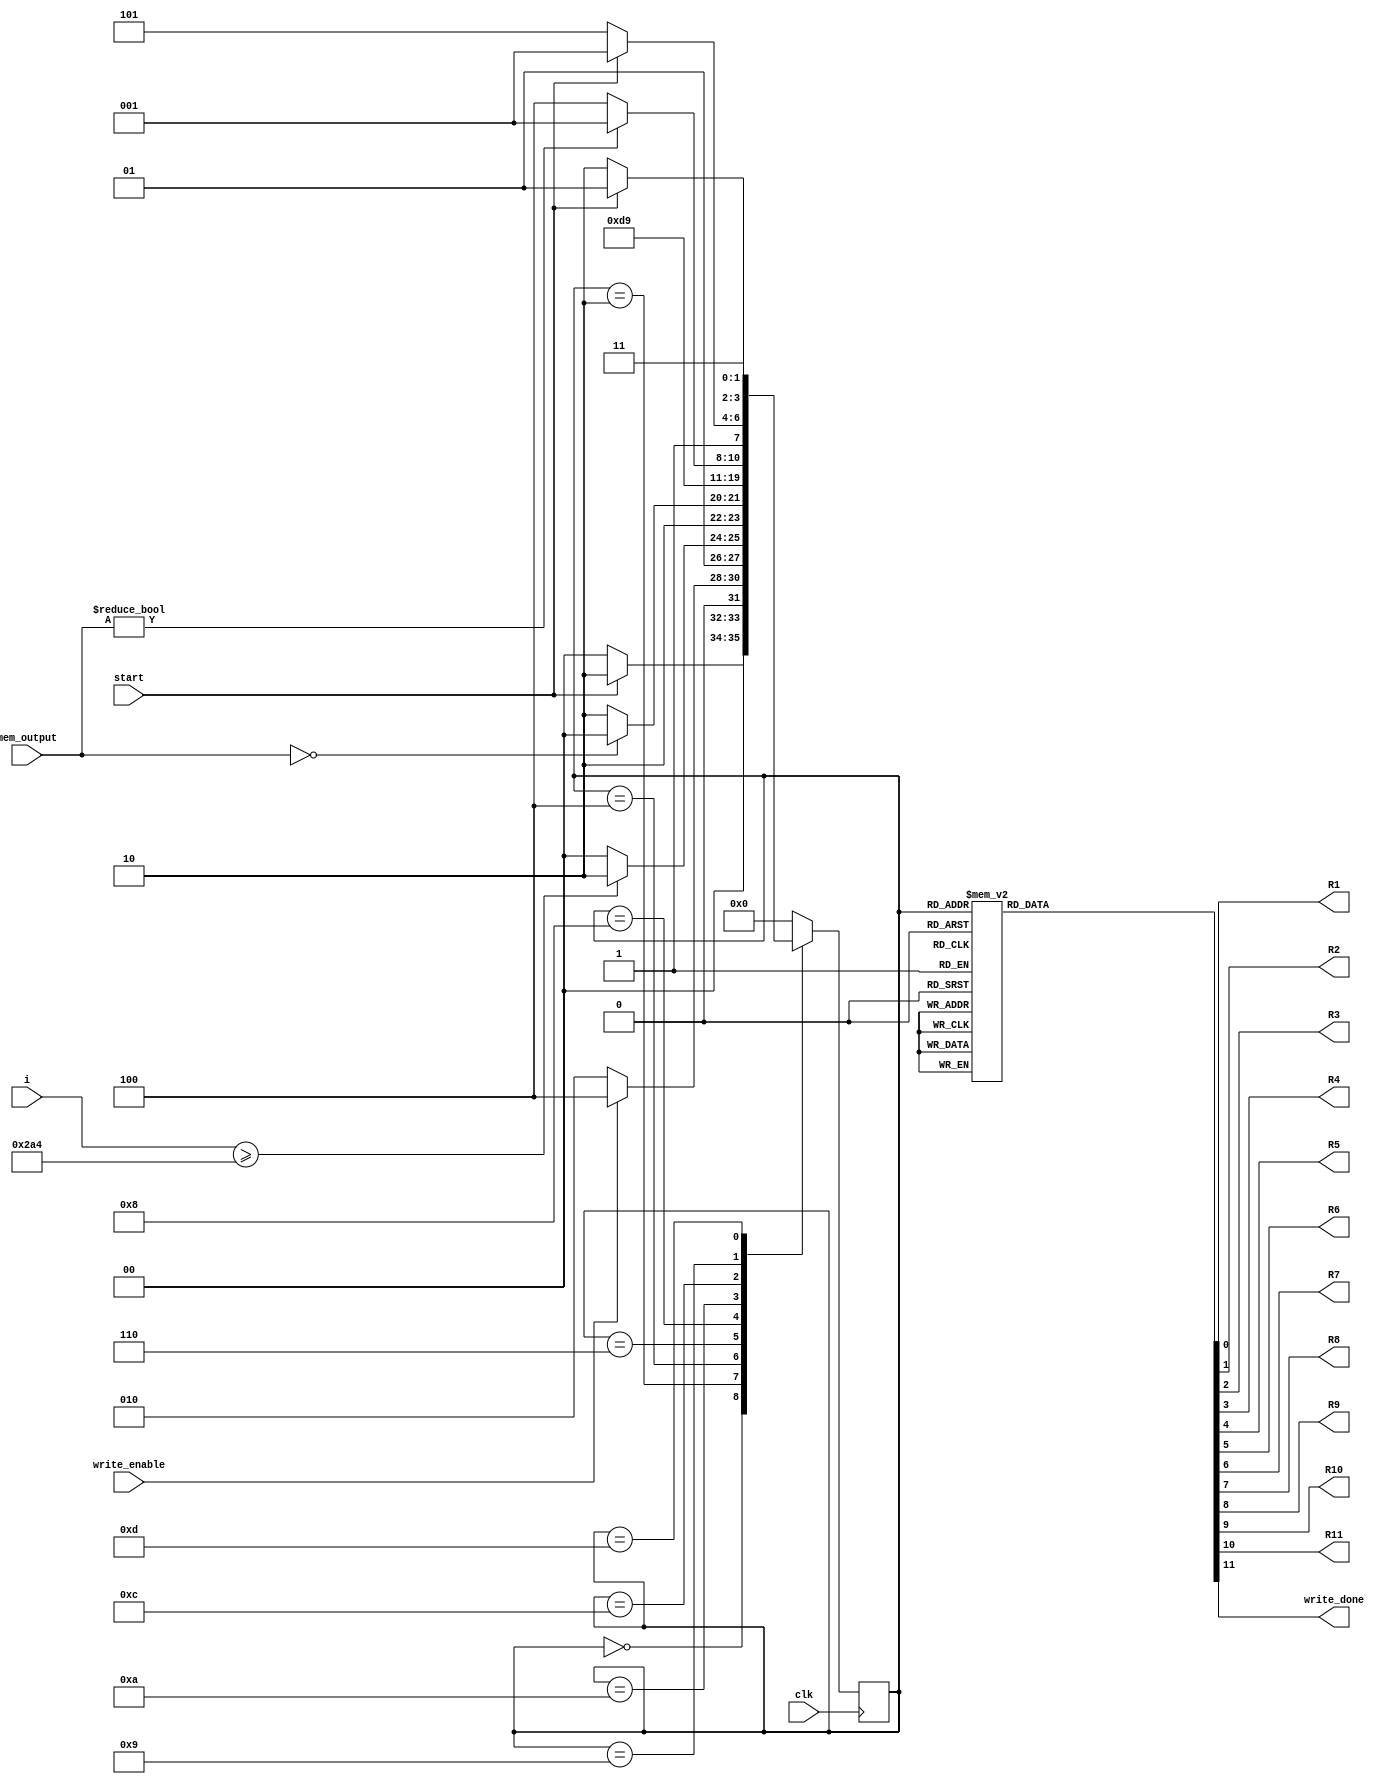
`timescale 1ns / 1ps
//////////////////////////////////////////////////////////////////////////////////
// Company: 
// Engineer: 
// 
// Design Name: 
// Module Name: spoly_FSM
// Project Name: 
// Target Devices: 
// Tool Versions: 
// Description: 
// 
// Dependencies: 
// 
// Revision:
// Revision 0.01 - File Created
// Additional Comments:
// 
//////////////////////////////////////////////////////////////////////////////////


module spoly_FSM(
    input clk,
    input start,
    input write_enable,
    input [12:0] mem_output,
    input [10:0] i,  
    output reg R1, R2, R3, R4, R5, R6, R7, R8, R9, R10, R11,
    output reg write_done
    );
    

    parameter Inicio  = 4'b0000;
    parameter Inicio2  = 4'b0010;
    parameter Op1 =4'b0100;
    parameter Op2 =4'b0110;
    parameter Op3 =4'b1000;
    parameter d1 =4'b1010;
    parameter d2 =4'b1100;
    parameter temp1 =4'b1001;
    parameter temp2 =4'b1101;
    parameter salida =4'b1110;


    reg [3:0] presente = Inicio; // Registro de Estado - Valor inicial
    reg [3:0] futuro;            // Entrada del registro de Estado

    // Registro de estado 
    always @(posedge clk)
        presente <= futuro;

    // Lgica del estado siguiente
    always @(presente,start,i, mem_output, write_enable)
        case (presente)
            Inicio :
                if(start)
                    futuro <= Inicio2;            
                else
                    futuro <= Inicio;
            Inicio2:
                if(write_enable)
                    futuro <= Op1;            
                else
                    futuro <= Inicio2;
            Op1:
                if(i>=10'd676)
                    futuro <= Op2;
                else
                    futuro <= Op1;
            Op2:
                if(mem_output==0)
                    futuro <= Op3;
                else
                    futuro <= d1;
            Op3:
                futuro <= Op2;
            d1:
                futuro <= d2;
            d2:
                if(mem_output!=0)
                    futuro <= temp1;
                else
                    futuro <= d2;
            temp1:
                  if(start==0)
                    futuro <= temp2;
                else
                    futuro <= temp1;
            temp2:
                  if(start==0)
                    futuro <= salida;
                  else
                    futuro <= temp2; 
            salida:
                    futuro <= Inicio;
 
            default:
                futuro <= Inicio;
        endcase
    
    // Lgica de salida
    always @(presente)
        case (presente)
            Inicio : begin
                R1 <= 1'b0;
                R2 <= 1'b1;
                R3 <= 1'b0;
                R4 <= 1'b0;
                R5 <= 1'b0;
                R6 <= 1'b0;
                R7 <= 1'b0;
                R8 <= 1'b0;
                R9 <= 1'b0;
                R10 <= 1'b0;
                R11 <= 1'b1;
                write_done <= 1'b0; 
            end
            Inicio2 : begin
                R1 <= 1'b0;
                R2 <= 1'b1;
                R3 <= 1'b0;
                R4 <= 1'b0;
                R5 <= 1'b0;
                R6 <= 1'b1;
                R7 <= 1'b0;
                R8 <= 1'b0;
                R9 <= 1'b0;
                R10 <= 1'b0;
                R11 <= 1'b1;
                write_done <= 1'b0; 
            end                     
            Op1: begin
                R1 <= 1'b1;
                R2 <= 1'b0;
                R3 <= 1'b0;
                R4 <= 1'b1;
                R5 <= 1'b0;
                R6 <= 1'b1;
                R7 <= 1'b0;
                R8 <= 1'b0;
                R9 <= 1'b0;
                R10 <= 1'b0;
                R11 <= 1'b1;
                write_done <= 1'b0; 
            end
            Op2: begin
                R1 <= 1'b1;
                R2 <= 1'b0;
                R3 <= 1'b1;
                R4 <= 1'b0;
                R5 <= 1'b0;
                R6 <= 1'b1;
                R7 <= 1'b1;
                R8 <= 1'b0;
                R9 <= 1'b0;
                R10 <= 1'b0;
                R11 <= 1'b1;
                write_done <= 1'b0; 
            end
            Op3: begin
                R1 <= 1'b0;
                R2 <= 1'b0;
                R3 <= 1'b0;
                R4 <= 1'b0;
                R5 <= 1'b1;
                R6 <= 1'b1;
                R7 <= 1'b1;
                R8 <= 1'b0;
                R9 <= 1'b0;
                R10 <= 1'b0;
                R11 <= 1'b1;
                write_done <= 1'b0; 
            end
            d1: begin
                R1 <= 1'b1;
                R2 <= 1'b0;
                R3 <= 1'b0;
                R4 <= 1'b0;
                R5 <= 1'b1;
                R6 <= 1'b1;
                R7 <= 1'b1;
                R8 <= 1'b0;
                R9 <= 1'b0;
                R10 <= 1'b1;
                R11 <= 1'b1;
                write_done <= 1'b0; 
            end
            d2: begin
                R1 <= 1'b0;
                R2 <= 1'b0;
                R3 <= 1'b1;
                R4 <= 1'b0;
                R5 <= 1'b0;
                R6 <= 1'b1;
                R7 <= 1'b1;
                R8 <= 1'b1;
                R9 <= 1'b1;
                R10 <= 1'b1;
                R11 <= 1'b1;
                write_done <= 1'b0; 
            end
            temp1: begin
                R1 <= 1'b0;
                R2 <= 1'b0;
                R3 <= 1'b1;
                R4 <= 1'b1;
                R5 <= 1'b1;
                R6 <= 1'b0;
                R7 <= 1'b0;
                R8 <= 1'b1;
                R9 <= 1'b1;
                R10 <= 1'b0;
                R11 <= 1'b0;
                write_done <= 1'b1; 
            end
            temp2: begin
                R1 <= 1'b0;
                R2 <= 1'b0;
                R3 <= 1'b1;
                R4 <= 1'b1;
                R5 <= 1'b1;
                R6 <= 1'b0;
                R7 <= 1'b0;
                R8 <= 1'b1;
                R9 <= 1'b1;
                R10 <= 1'b0;
                R11 <= 1'b0;
                write_done <= 1'b1; 
            end
            salida: begin
                R1 <= 1'b0;
                R2 <= 1'b0;
                R3 <= 1'b1;
                R4 <= 1'b1;
                R5 <= 1'b1;
                R6 <= 1'b0;
                R7 <= 1'b0;
                R8 <= 1'b1;
                R9 <= 1'b1;
                R10 <= 1'b0;
                R11 <= 1'b0;
                write_done <= 1'b1; 
            end
            default: begin
                R1 <= 1'b0;
                R2 <= 1'b1;
                R3 <= 1'b0;
                R4 <= 1'b0;
                R5 <= 1'b0;
                R6 <= 1'b1;
                R7 <= 1'b0;
                R8 <= 1'b0;
                R9 <= 1'b0;
                R10 <= 1'b0;
                R11 <= 1'b1;
                write_done <= 1'b0; 
            end
      endcase
        
endmodule